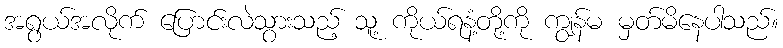
အရွယ်အလိုက် ပြောင်းလဲသွားသည့် သူ့ ကိုယ်ရနံ့တို့ကို ကျွန်မ မှတ်မိနေပါသည်။